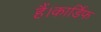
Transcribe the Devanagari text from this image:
हैं।कार्डिफ